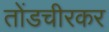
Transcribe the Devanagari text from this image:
तोंडचीरकर